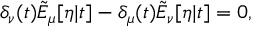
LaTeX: \delta _ { \nu } ( t ) \tilde { E } _ { \mu } [ \eta | t ] - \delta _ { \mu } ( t ) \tilde { E } _ { \nu } [ \eta | t ] = 0 ,